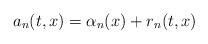
\begin{align*}a_n(t,x)=\alpha_n(x)+r_n(t,x)\end{align*}